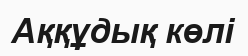
Аққұдық көлі